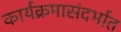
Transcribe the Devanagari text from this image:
कार्यक्रमासंदर्भात